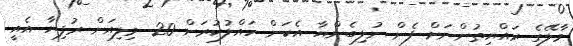
މާލޭގެ ރައްޔިތުންނަށް ފެން ނުލިބެންޔާ އެކަން ހައްލުކުރަން 20 މިލިއަން ރުފިޔާ އެއީ